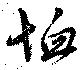
恤